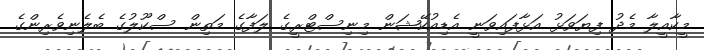
މީކާއީލާ މެދު ފިޔަވަޅު އަޅާފައިވަނީ އެޑިއުކޭޝަން މިނިސްޓްރީގެ ލަފާގެ މަތިން ސްކޫލުގެ ބެލެނިވެރިންގެ